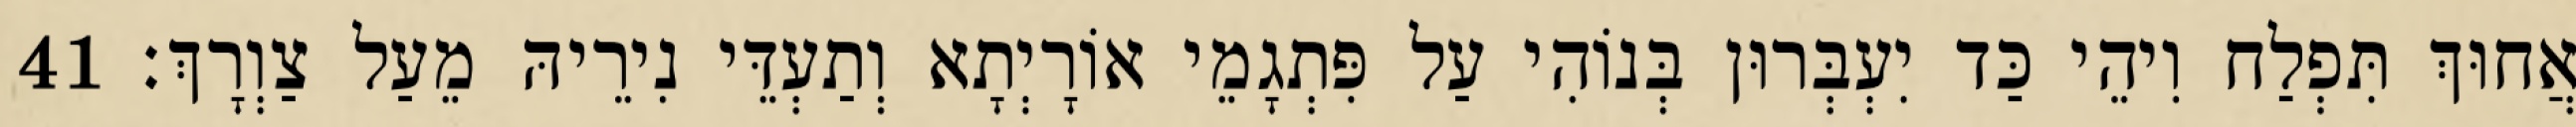
אֲחוּךְ תִּפְלַח וִיהֵי כַּד יִעְבְּרוּן בְּנוֹהִי עַל פִּתְגָמֵי אוֹרָיְתָא וְתַעְדֵּי נִירֵיהּ מֵעַל צַוְרָךְ׃ 41